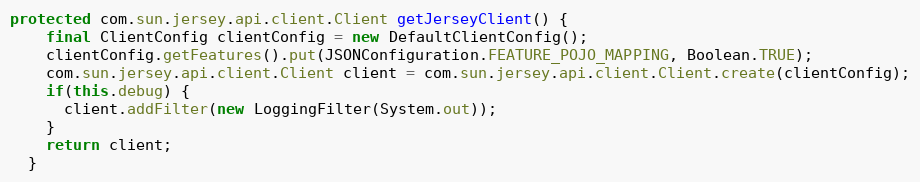
Language: Java
protected com.sun.jersey.api.client.Client getJerseyClient() {
    final ClientConfig clientConfig = new DefaultClientConfig();
    clientConfig.getFeatures().put(JSONConfiguration.FEATURE_POJO_MAPPING, Boolean.TRUE);
    com.sun.jersey.api.client.Client client = com.sun.jersey.api.client.Client.create(clientConfig);
    if(this.debug) {
      client.addFilter(new LoggingFilter(System.out));
    }
    return client;
  }